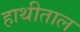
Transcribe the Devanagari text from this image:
हाथीताल